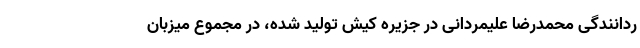
ردانندگی محمدرضا علیمردانی در جزیره کیش تولید شده، در مجموع میزبان